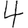
Digit: 4